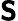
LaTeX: \boldsymbol{\mathsf{S}}